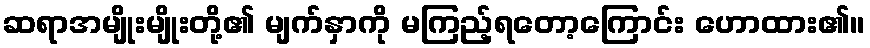
ဆရာအမျိုးမျိုးတို့၏ မျက်နှာကို မကြည့်ရတော့ကြောင်း ဟောထား၏။